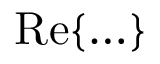
\mathrm { R e } \{ \ldots \}